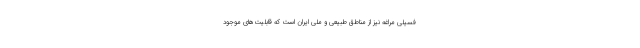
فسیلی مراغه نیز از مناطق طبیعی و ملی ایران است که قابلیت‌های موجود